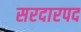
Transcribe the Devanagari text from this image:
सरदारपद